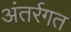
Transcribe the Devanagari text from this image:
अंतर्रगत